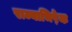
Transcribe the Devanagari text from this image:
राज्याभिषे़क